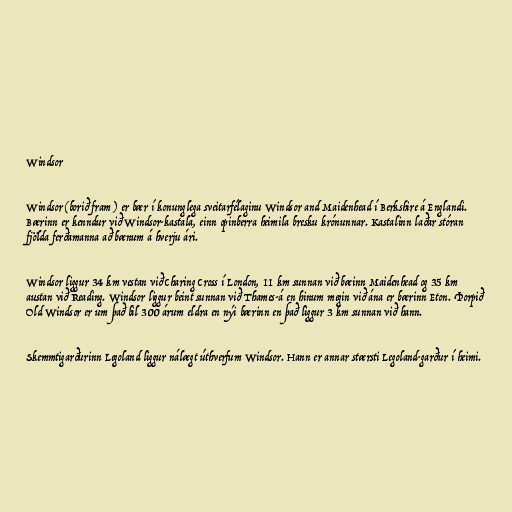
Windsor

Windsor (borið fram ) er bær í konunglega sveitarfélaginu Windsor and Maidenhead í Berkshire á Englandi.
Bærinn er kenndur við Windsor-kastala, einn opinberra heimila bresku krónunnar. Kastalinn laðar stóran
fjölda ferðamanna að bænum á hverju ári.

Windsor liggur 34 km vestan við Charing Cross í London, 11 km sunnan við bæinn Maidenhead og 35 km
austan við Reading. Windsor liggur beint sunnan við Thames-á en hinum megin við ána er bærinn Eton. Þorpið
Old Windsor er um það bil 300 árum eldra en nýi bærinn en það liggur 3 km sunnan við hann.

Skemmtigarðurinn Legoland liggur nálægt úthverfum Windsor. Hann er annar stærsti Legoland-garður í heimi.